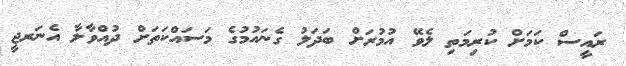
ރައީސް ކަމަށް ކުރިމަތި ލެވޭ އުމުުރަށް ބަދަލު ގެނައުމުގެ މަސައްކަތަށް ދުއްވާލާ އެނަރޖީ